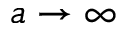
a \to \infty